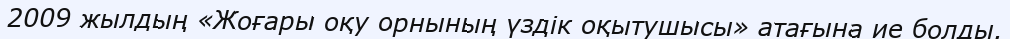
2009 жылдың «Жоғары оқу орнының үздік оқытушысы» атағына ие болды.